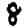
Digit: 8